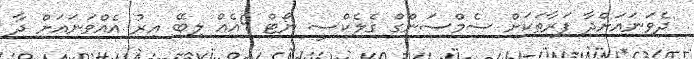
ދެވަނައަށްދާ ފަރާތަކަށް ސެމްސަންގް ގެލެކްސީ ނޯޓް 9އެއް ލިބޭ އިރު އެއްވަނައަށް ދާ